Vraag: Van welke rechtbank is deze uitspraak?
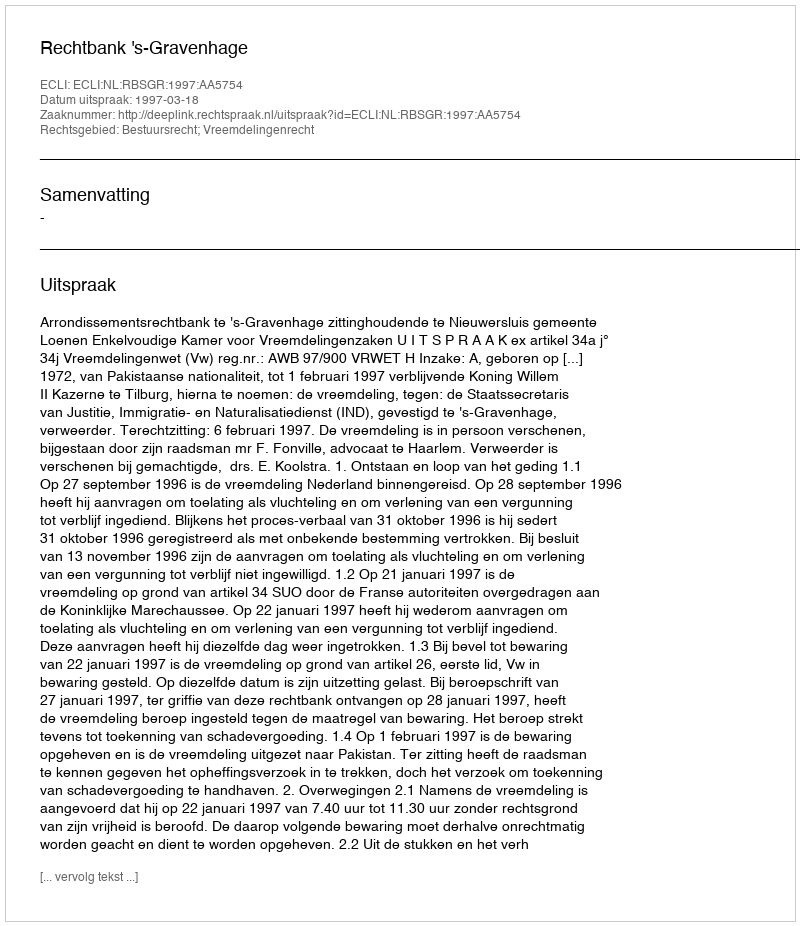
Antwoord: Rechtbank 's-Gravenhage